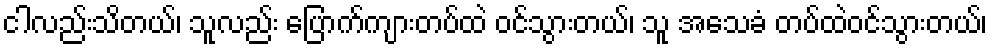
ငါလည်းသိတယ်၊ သူလည်း ပြောက်ကျားတပ်ထဲ ဝင်သွားတယ်၊ သူ အသေခံ တပ်ထဲဝင်သွားတယ်၊